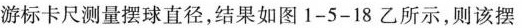
游标卡尺测量摆球直径，结果如图1-5-18乙所示，则该摆